Report of the veterinary officer investigating camel disease
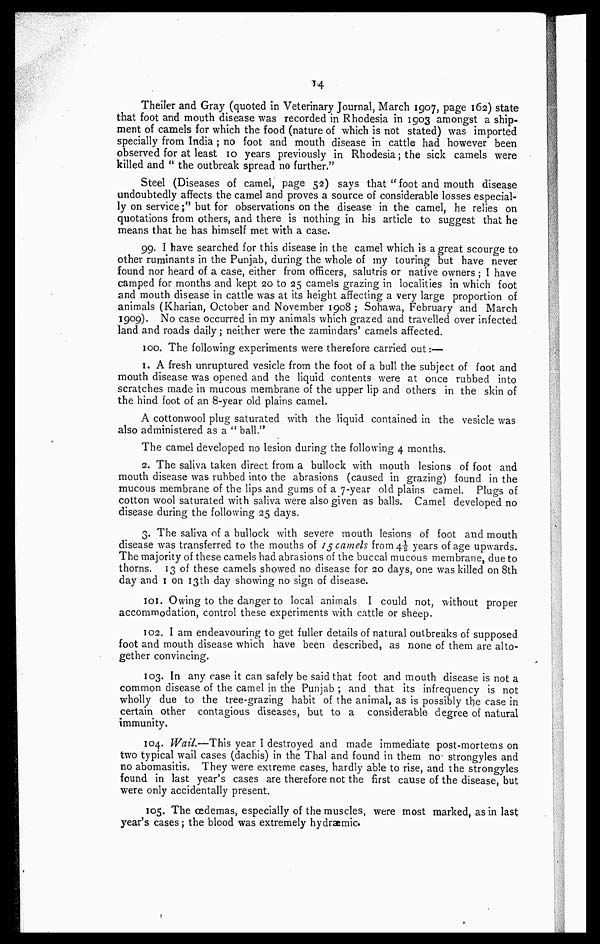
14
Theiler and Gray (quoted in Veterinary Journal, March 1907, page 162) state
that foot and mouth disease was recorded in Rhodesia in 1903 amongst a ship-
ment of camels for which the food (nature of which is not stated) was imported
specially from India; no foot and mouth disease in cattle had however been
observed for at least 10 years previously in Rhodesia; the sick camels were
killed and " the outbreak spread no further."
Steel (Diseases of camel, page 52) says that " foot and mouth disease
undoubtedly affects the camel and proves a source of considerable losses especial-
ly on service;" but for observations on the disease in the camel, he relies on
quotations from others, and there is nothing in his article to suggest that he
means that he has himself met with a case.
99. I have searched for this disease in the camel which is a great scourge to
other ruminants in the Punjab, during the whole of my touring but have never
found nor heard of a case, either from officers, salutris or native owners ; I have
camped for months and kept 20 to 25 camels grazing in localities in which foot
and mouth disease in cattle was at its height affecting a very large proportion of
animals (Kharian, October and November 1908 ; Sohawa, February and March
1909). No case occurred in my animals which grazed and travelled over infected
land and roads daily; neither were the zamindars' camels affected.
100. The following experiments were therefore carried out:—
1. A fresh unruptured vesicle from the foot of a bull the subject of foot and
mouth disease was opened and the liquid contents were at once rubbed into
scratches made in mucous membrane of the upper lip and others in the skin of
the hind foot of an 8-year old plains camel.
A cottonwool plug saturated with the liquid contained in the vesicle was
also administered as a " ball."
The camel developed no lesion during the following 4 months.
2. The saliva taken direct from a bullock with mouth lesions of foot and
mouth disease was rubbed into the abrasions (caused in grazing) found in the
mucous membrane of the lips and gums of a 7 year old plains camel. Plugs of
cotton wool saturated with saliva were also given as balls. Camel developed no
disease during the following 25 days.
3. The saliva of a bullock with severe mouth lesions of foot and mouth
disease was transferred to the mouths of 15 camels from 4 ½years of age upwards.
The majority of these camels had abrasions of the buccal mucous membrane, due to
thorns. 13 of these camels showed no disease for 20 days, one was killed on 8th
day and 1 on 13th day showing no sign of disease.
101. Owing to the danger to local animals I could not, without proper
accommodation, control these experiments with cattle or sheep.
102. I am endeavouring to get fuller details of natural outbreaks of supposed
foot and mouth disease which have been described, as none of them are alto-
gether convincing.
103. In any case it can safely be said that foot and mouth disease is not a
common disease of the camel in the Punjab ; and that its infrequency is not
wholly due to the tree-grazing habit of the animal, as is possibly the case in
certain other contagious diseases, but to a considerable degree of natural
immunity.
104. Wail.—This year I destroyed and made immediate post-mortems on
two typical wail cases (dachis) in the Thal and found in them no strongyles and
no abomasitis. They were extreme cases, hardly able to rise, and the strongyles
found in last year's cases are therefore not the first cause of the disease, but
were only accidentally present.
105. The oedemas, especially of the muscles, were most marked, as in last
year's cases; the blood was extremely hydraemic